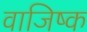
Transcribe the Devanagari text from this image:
वाजिष्क